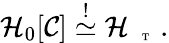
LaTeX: \begin{array}{r}{\mathcal{H}_{0}[\mathcal{C}]\stackrel{!}{\simeq}\mathcal{H}_{\mathrm{~\tiny~\textnormal~{~T~}~}}\, .}\end{array}